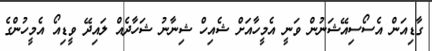
ގާޑިއަން އެސޯސިއޭޝަނުން ވަނީ އެމީހާއަށް ޝެއިހް ޝިނާނު ޝަހާދެއް ލައިދޭ ވީޑިއޯ އެމީހުންގެ